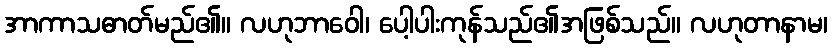
အာကာသဓာတ်မည်၏။ လဟုဘာဝေါ၊ ပေါ့ပါးကုန်သည်၏အဖြစ်သည်။ လဟုတာနာမ၊